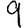
Digit: 9